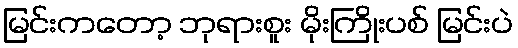
မြင်းကတော့ ဘုရားစူး မိုးကြိုးပစ် မြင်းပဲ